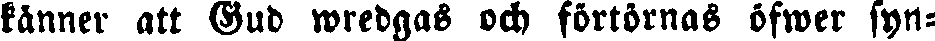
känner att Gud wredgas och förtörnas öfwer syn-